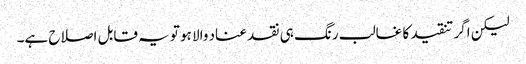
لیکن اگر تنقید کا غالب رنگ ہی نقد عناد والا ہو تو یہ قابل اصلاح ہے۔